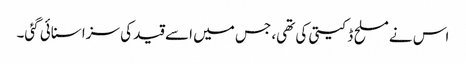
اس نے مسلح ڈکیتی کی تھی، جس میں اسے قید کی سزا سنائی گئی۔